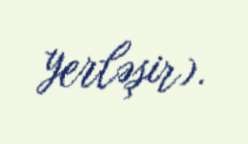
yerləşir).